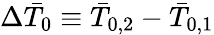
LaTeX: \Delta\bar{T}_{0}\equiv\bar{T}_{0,2}-\bar{T}_{0,1}